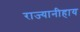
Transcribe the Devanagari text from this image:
राज्यानीहाय